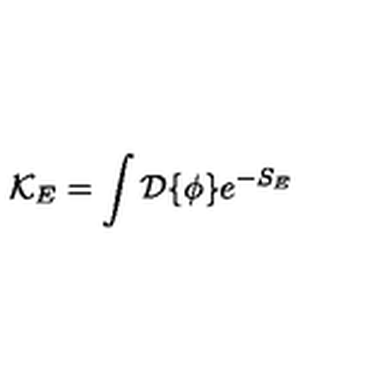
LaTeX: { \cal K } _ { E } = \int { \cal D } \{ \phi \} e ^ { - S _ { E } }